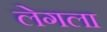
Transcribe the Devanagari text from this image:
लेगला